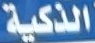
الذكية